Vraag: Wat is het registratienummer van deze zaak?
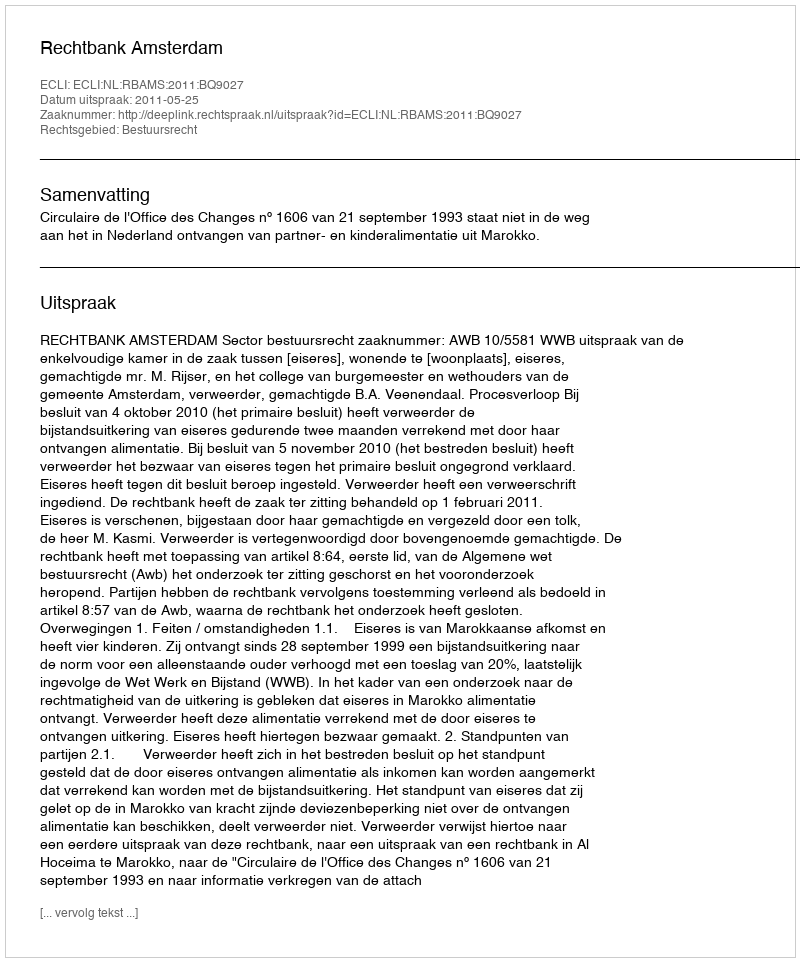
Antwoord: http://deeplink.rechtspraak.nl/uitspraak?id=ECLI:NL:RBAMS:2011:BQ9027